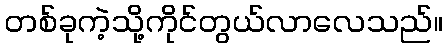
တစ်ခုကဲ့သို့ကိုင်တွယ်လာလေသည်။